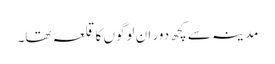
مدینہ سے کچھ دور ان لوگوں کا قلعہ تھا۔